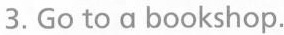
3.Go to a bookshop.